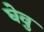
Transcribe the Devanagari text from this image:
घेवु